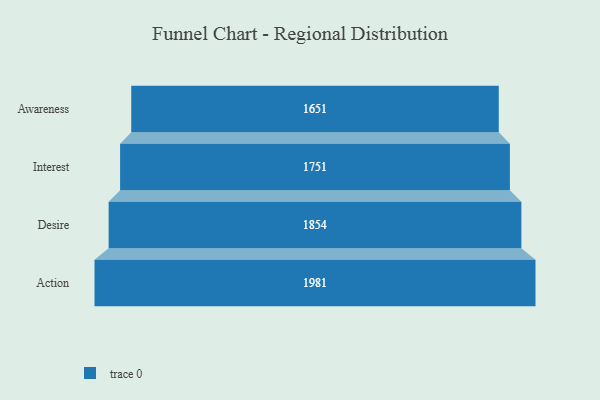
{"axis": {"x": "Stage", "y": "Value"}, "legend": [""], "data": [{"x": "Awareness", "y": 1651.0, "type": ""}, {"x": "Interest", "y": 1751.0, "type": ""}, {"x": "Desire", "y": 1854.0, "type": ""}, {"x": "Action", "y": 1981.0, "type": ""}]}